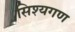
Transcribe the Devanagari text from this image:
सिश्यगण